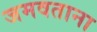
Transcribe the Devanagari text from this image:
जमवताना